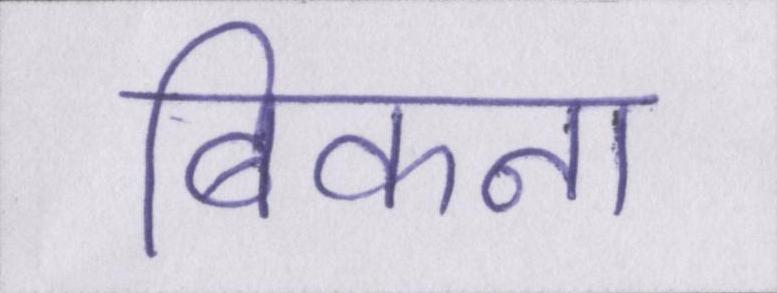
बिकना